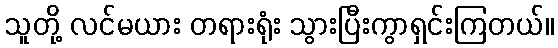
သူတို့ လင်မယား တရားရုံး သွားပြီးကွာရှင်းကြတယ်။